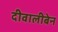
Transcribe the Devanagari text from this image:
दीवालीबेन